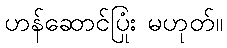
ဟန်ဆောင်ပြုံး မဟုတ်။